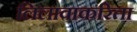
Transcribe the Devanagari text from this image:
लिलावाकरिता